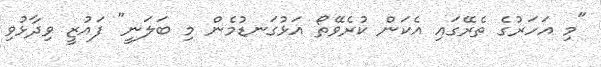
"މި އަހަރުގެ ތެރޭގައި އެކަން ކުރެވޭތޯ އަޅުގަނޑުމެން މި ބަލަނީ" ފައުޒީ ވިދާޅުވި